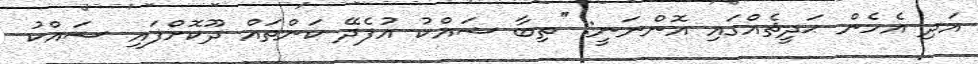
އަދި އެހެން ޙަދީޘެއްގައި އޮންނަނީ: ''ތިބާ ޝައްކު އުފެދޭ ކަންތައް ދޫކޮށްފައި ޝައްކު